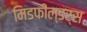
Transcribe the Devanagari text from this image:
मिडफील्‍डर्स